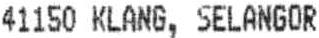
41150 KLANG, SELANGOR